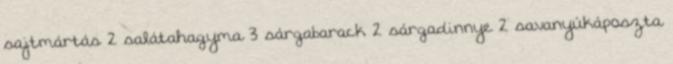
sajtmártás 2 salátahagyma 3 sárgabarack 2 sárgadinnye 2 savanyúkáposzta